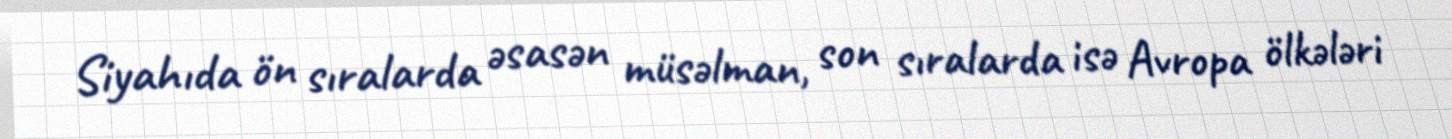
Siyahıda ön sıralarda əsasən müsəlman, son sıralarda isə Avropa ölkələri